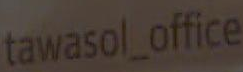
tawasol_office